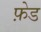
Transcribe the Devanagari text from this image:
फ़ेड